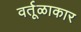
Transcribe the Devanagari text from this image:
वर्तूळाकार